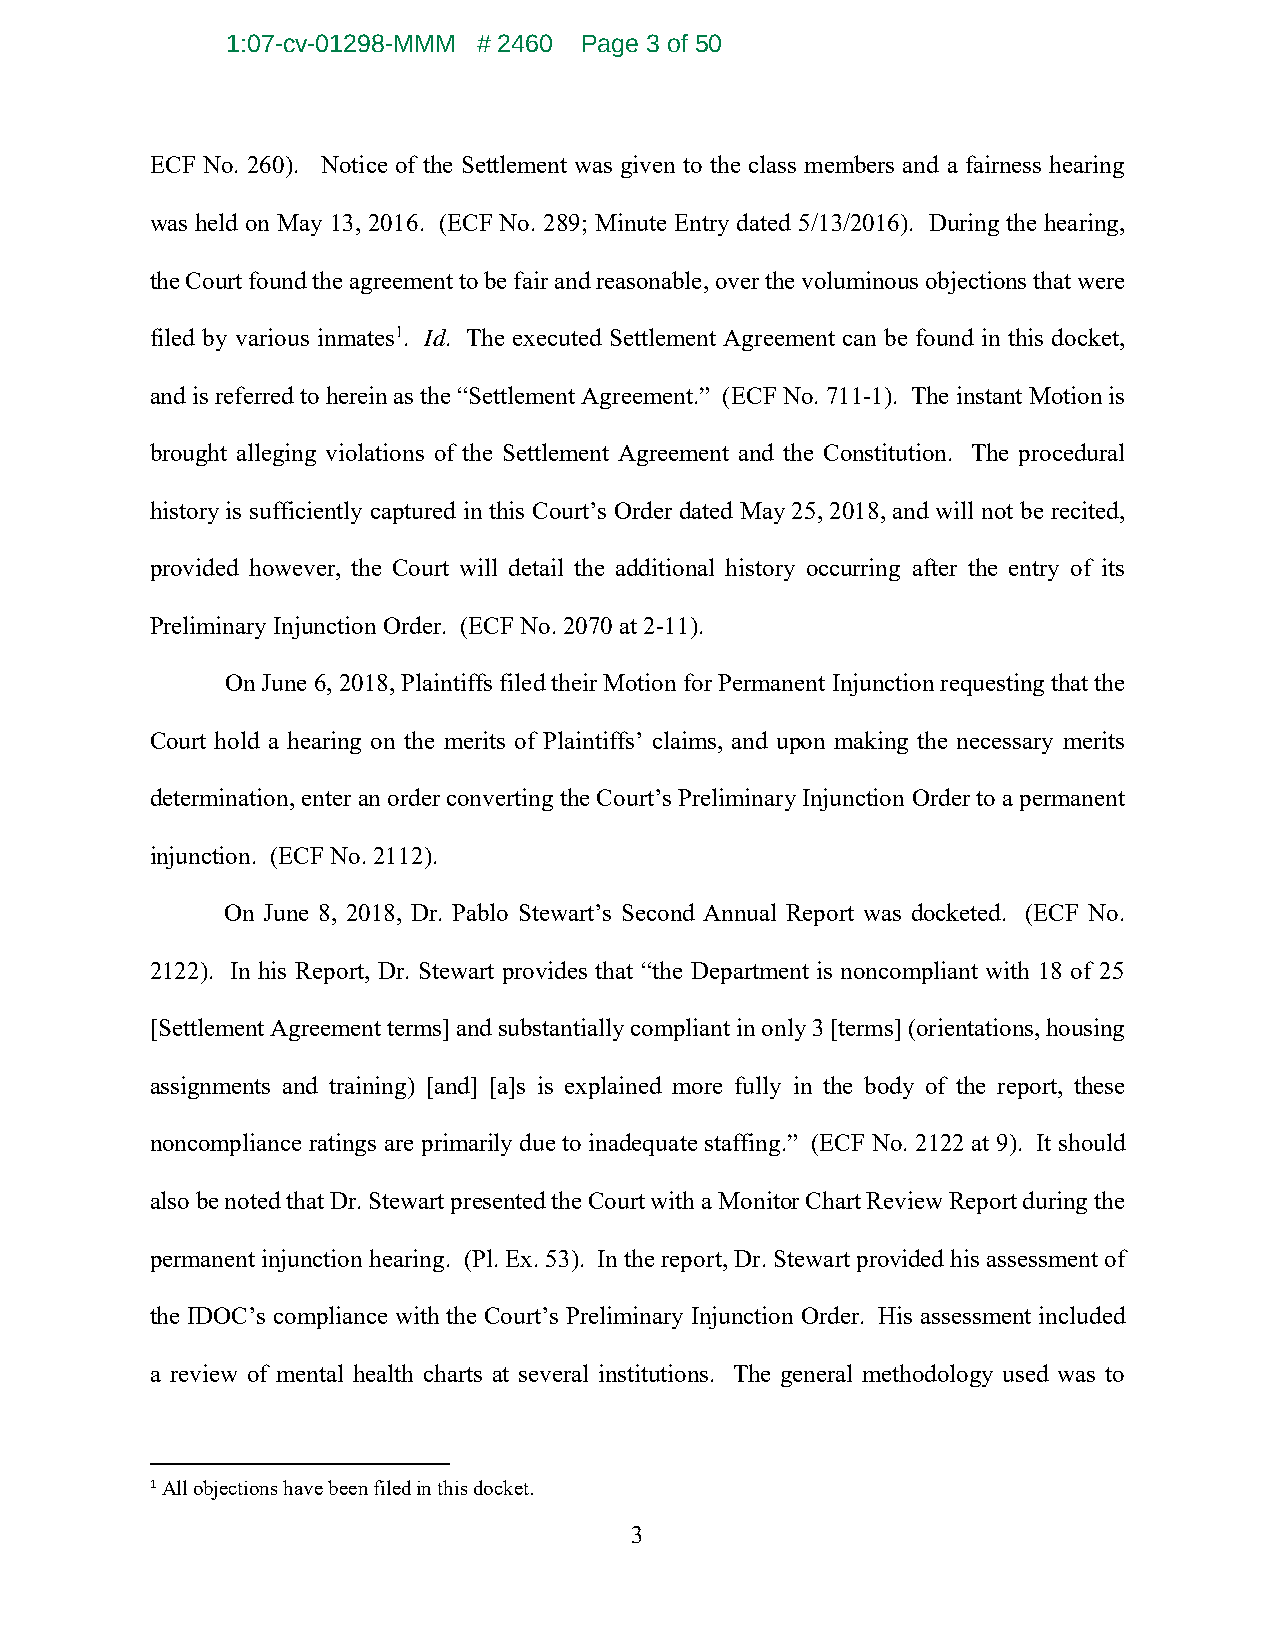
1:07-cv-01298-MMM # 2460 Page 3 of 50
 ECF No. 260). Notice of the Settlement was given to the class members and a fairness hearing
 was held on May 13, 2016. (ECF No. 289; Minute Entry dated 5/13/2016). During the hearing,
 the Court found the agreement to be fair and reasonable, over the voluminous objections that were
 filed by various inmates1. Id. The executed Settlement Agreement can be found in this docket,
 and is referred to herein as the “Settlement Agreement.” (ECF No. 711-1). The instant Motion is
 brought alleging violations of the Settlement Agreement and the Constitution. The procedural
 history is sufficiently captured in this Court’s Order dated May 25, 2018, and will not be recited,
 provided however, the Court will detail the additional history occurring after the entry of its
 Preliminary Injunction Order. (ECF No. 2070 at 2-11).
 On June 6, 2018, Plaintiffs filed their Motion for Permanent Injunction requesting that the
 Court hold a hearing on the merits of Plaintiffs’ claims, and upon making the necessary merits
 determination, enter an order converting the Court’s Preliminary Injunction Order to a permanent
 injunction. (ECF No. 2112).
 On June 8, 2018, Dr. Pablo Stewart’s Second Annual Report was docketed. (ECF No.
 2122). In his Report, Dr. Stewart provides that “the Department is noncompliant with 18 of 25
 [Settlement Agreement terms] and substantially compliant in only 3 [terms] (orientations, housing
 assignments and training) [and] [a]s is explained more fully in the body of the report, these
 noncompliance ratings are primarily due to inadequate staffing.” (ECF No. 2122 at 9). It should
 also be noted that Dr. Stewart presented the Court with a Monitor Chart Review Report during the
 permanent injunction hearing. (Pl. Ex. 53). In the report, Dr. Stewart provided his assessment of
 the IDOC’s compliance with the Court’s Preliminary Injunction Order. His assessment included
 a review of mental health charts at several institutions. The general methodology used was to
 1 All objections have been filed in this docket.
 3